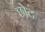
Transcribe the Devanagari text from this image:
छोद